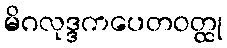
မိဂလုဒ္ဒကပေတဝတ္ထု